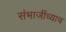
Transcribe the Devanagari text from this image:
संभाजींच्याच